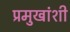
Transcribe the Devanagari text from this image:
प्रमुखांशी